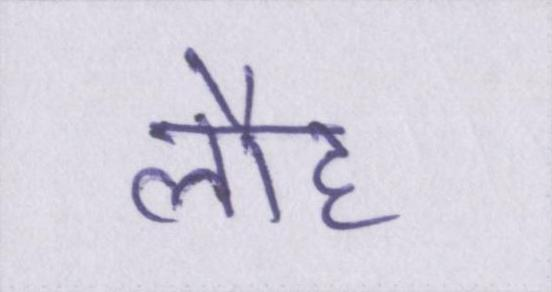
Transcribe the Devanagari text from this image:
लौह